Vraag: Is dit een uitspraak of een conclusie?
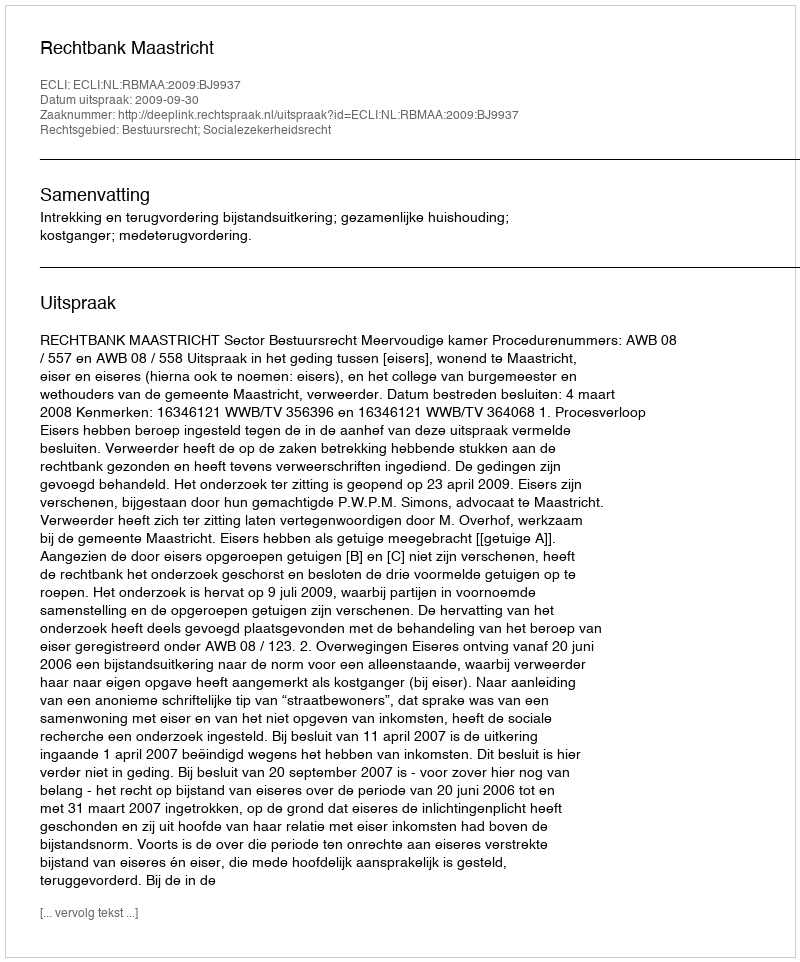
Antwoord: Uitspraak